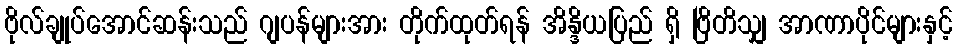
ဗိုလ်ချုပ်အောင်ဆန်းသည် ဂျပန်များအား တိုက်ထုတ်ရန် အိန္ဒိယပြည် ရှိ ဗြိတိသျှ အာဏာပိုင်များနှင့်